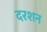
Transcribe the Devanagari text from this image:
दरशन